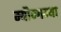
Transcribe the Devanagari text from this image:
म्यौन्गम्या